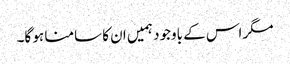
مگر اس کے باوجود ہمیں ان کا سامنا ہو گا۔